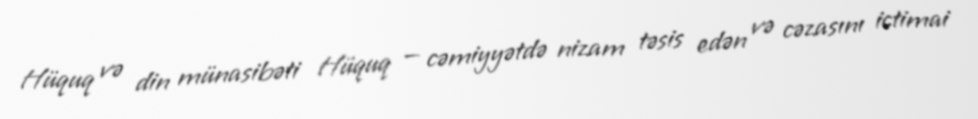
Hüquq və din münasibəti Hüquq — cəmiyyətdə nizam təsis edən və cəzasını ictimai